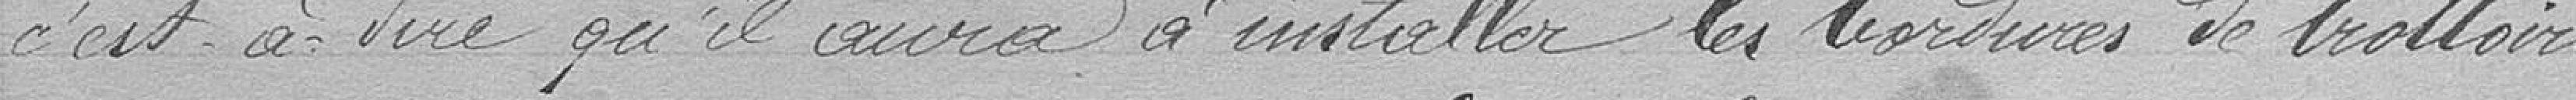
c'est à dire aura à installer les bordures de trottoirs,